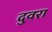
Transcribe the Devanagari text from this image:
दुवरा